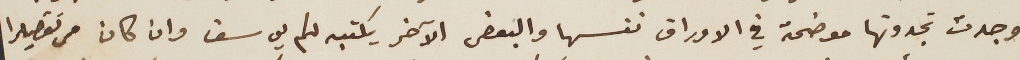
وجدت تجدونها موضحة في الاوراق نفسها والبعض الآخر يكتبه لكم يوسف وان كان من تقصيرا